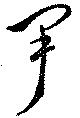
尹